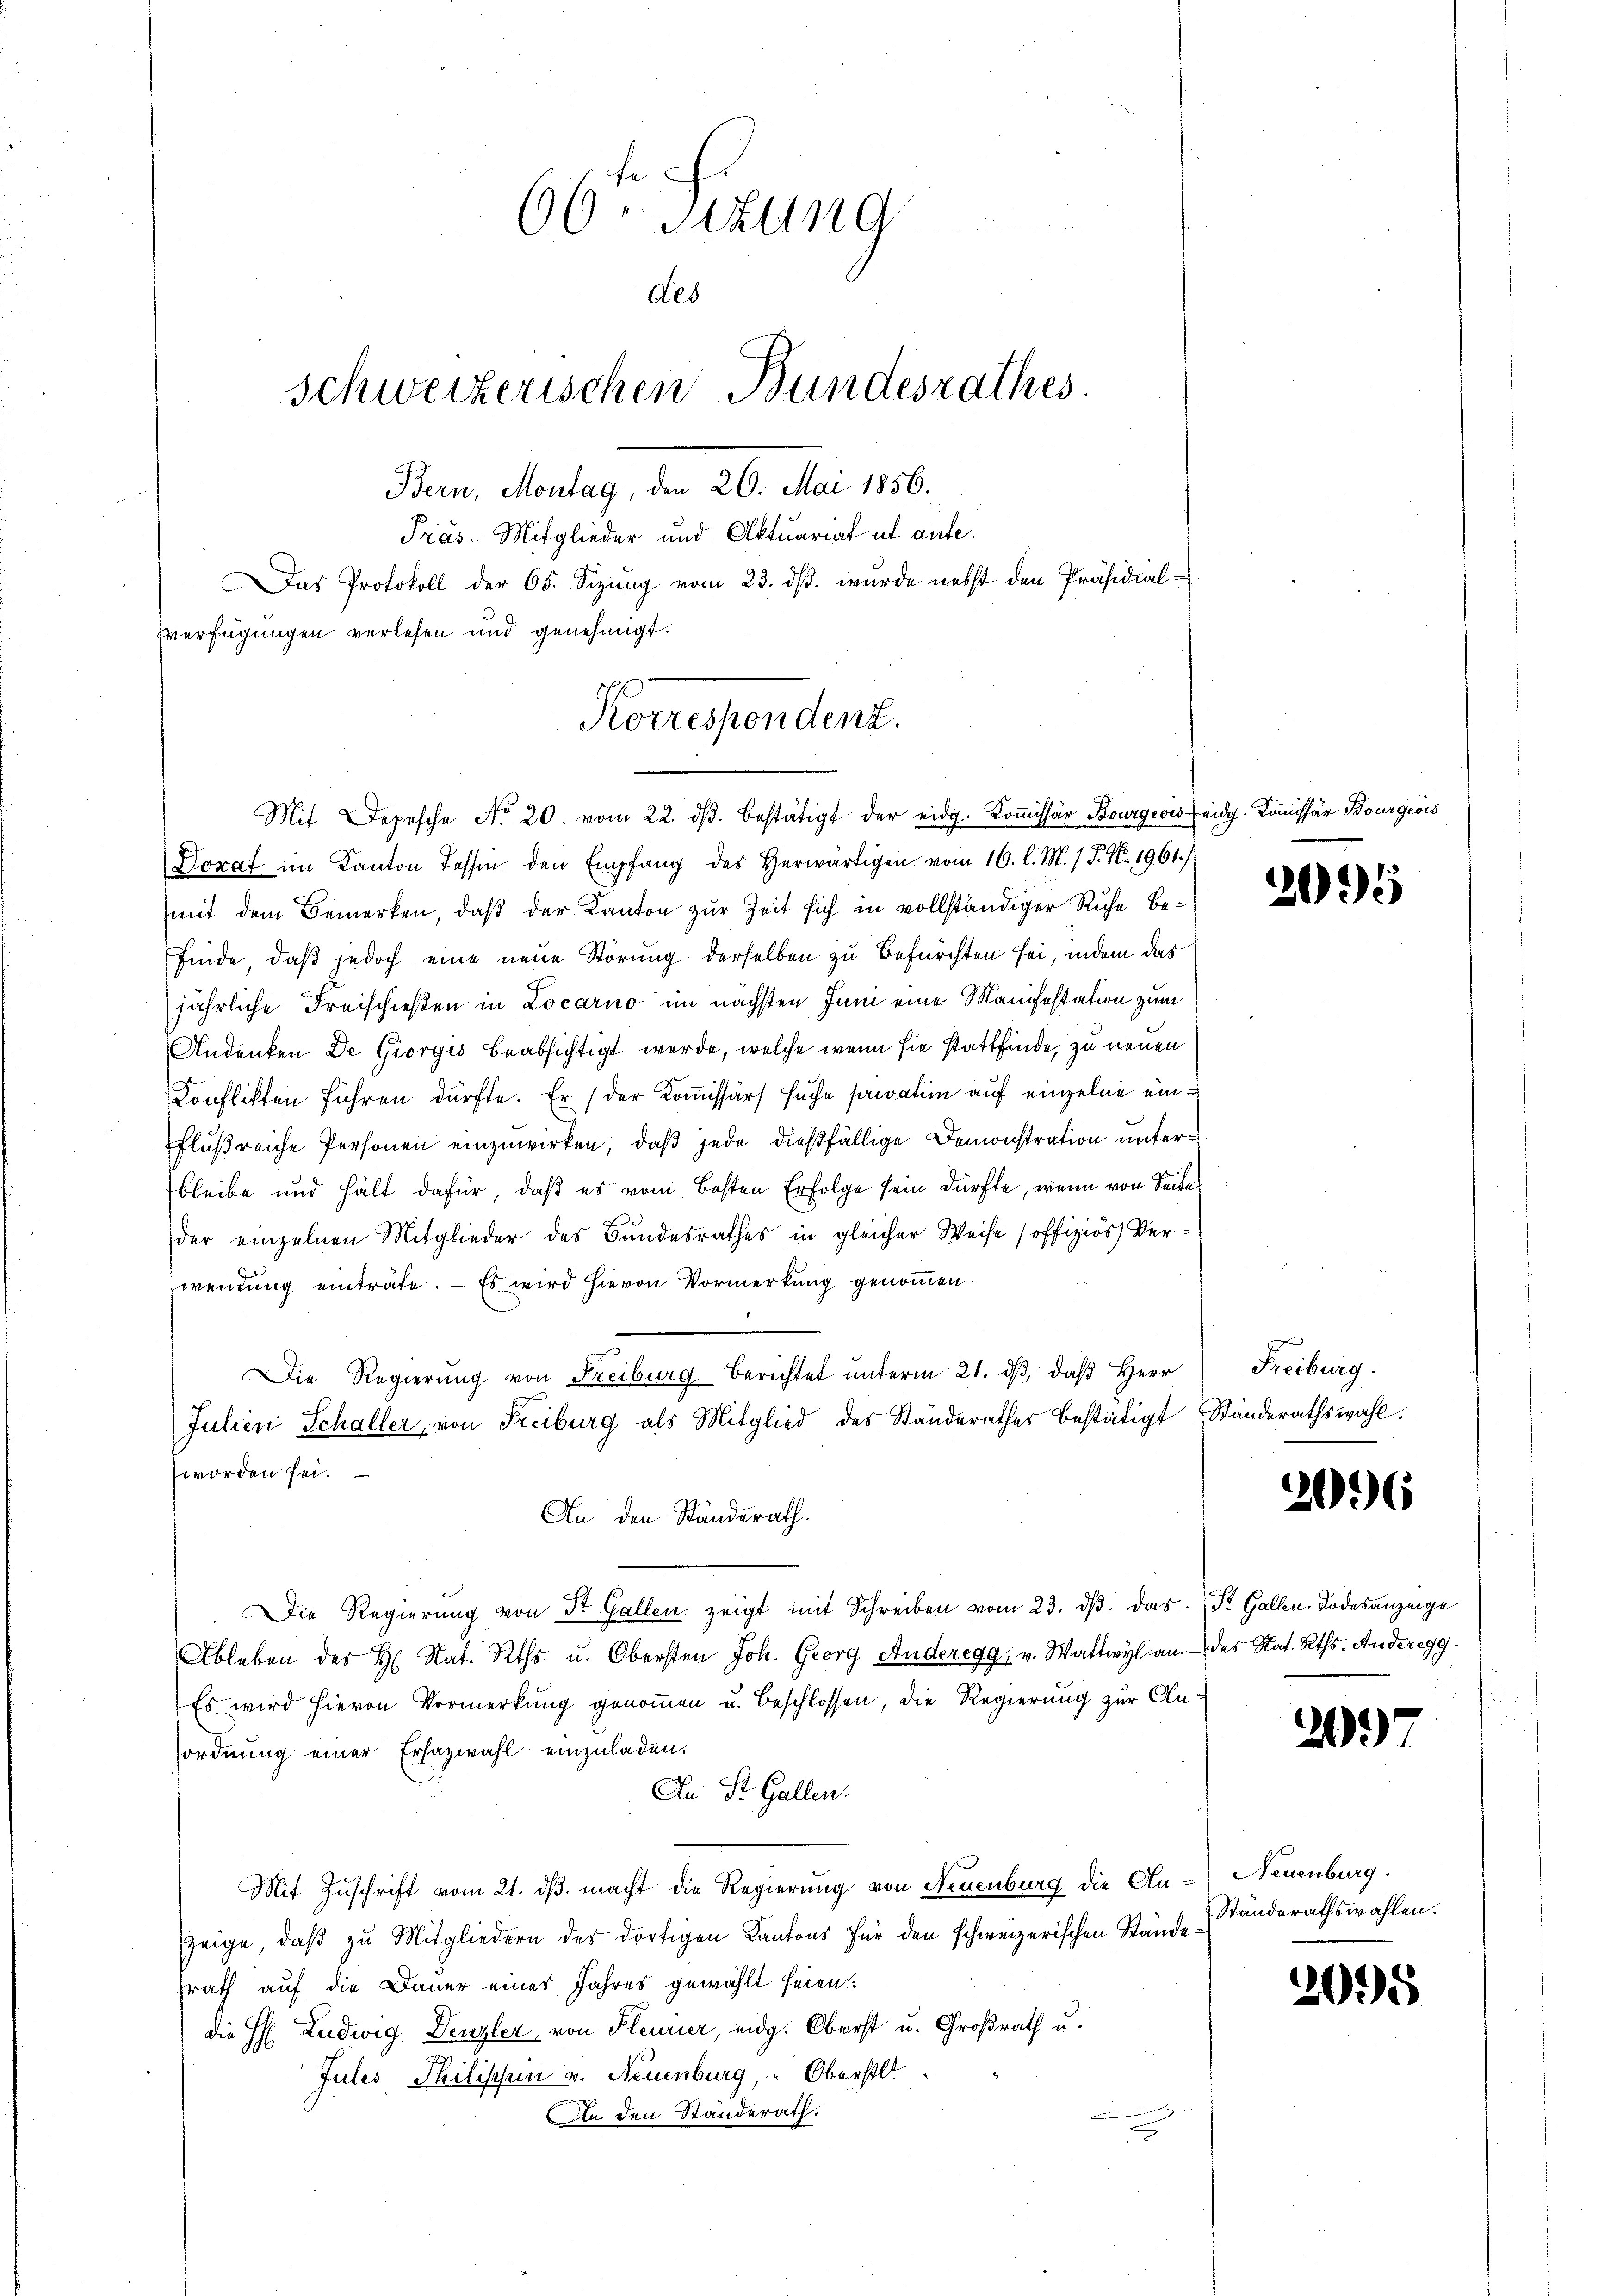
66. Sizung
des
schweizerischen Bundesrathes.
Bern, Montag, den 26. Mai 1856.
Präs. Mitglieder und Aktuariat et aufe.
Das Protokoll der 65. Sizung vom 23. ds. wurde nebst den Präsidial-
Verfügungen verlesen und genehmigt.

mit dem Bemerken, daß der Kanton zur Zeit sich in vollständiger Ruhe befinde, daß jedoch eine neue Störung derselben zu Befürchten sei, indem das
jährliche Freischießen in Locarno im nächsten Juni eine Manifestation zum
Andenken De Giorgis beabsichtigt werde, welche wenn sie stattfinde, zu neuen
Konflikten führen dürfte. Er / der Kommissärs suche paration auf einzelne einflußreiche Personen einzuwirken, daß jede dießfällige Demonstration unterbleibe und hält dafür, daß es vom Besten Erfolge sein dürfte, wenn von Seite
der einzelnen Mitglieder des Bundesrathes in gleicher Weise (offiziös) Verwendung einträte. — Es wird hievon Vormerkung genommen.
x
Die Regierŭng von Freiburg Berichtet unterm 21. dβ, daβ Herr
Julien Schaller, von Freiburg als Mitglied des Standerathes bestätigt
worden sei.
An den Ständerath.
Die Regierung von Dr. Gallen zeigt mit Schreiben vom 23. dβ. das St. Gallen Todesanzeige
Ableben des H. Nat. Rths u. Obersten Joh. Georg Anderegg, v. Wattwyl an. des Nat. Rths. Anderegg.
Es wird hievon Vormerkung genommen u. Beschlossen, die Regierung zur Anordnung einer Erhazwahl einzuladen.
An St. Gallen.
Mit Zuschrift vom 21. ds. macht die Regierung von Neuenburg die Anzeige, daβ zŭ Mitgliedern des dortigen Kantons für den schweizerischen Stände Ständerathswahlen.
srath auf die Dauer eines Jahres gewählt seien:
die H. Ludwig Denzler, von Kleurier, eidg. Oberst u. Großrath u.
Jules Philischein v. Neuenburg, Oberstl
An den Standerath.

Korrespendent.
Mit Depesche No 20. vom 22. dβ bestätigt der eidg. Kommissär Bourgeois Leidg. Kommissär Bourgeois
Doraf im Kanton Tessin den Empfang des Herwärtigen vom 16. l. M. (T. N. 1961.)

2095

Freiburg.
Ständerathswahl.

2096

2

Neuenburg.

2095